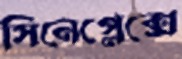
সিনেপ্লেক্সে